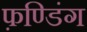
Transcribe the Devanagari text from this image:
फ़ण्डिंग